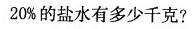
20%的盐水有多少千克?